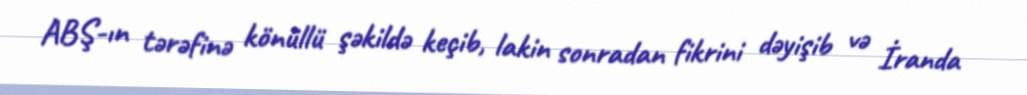
ABŞ-ın tərəfinə könüllü şəkildə keçib, lakin sonradan fikrini dəyişib və İranda